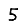
Digit: 5